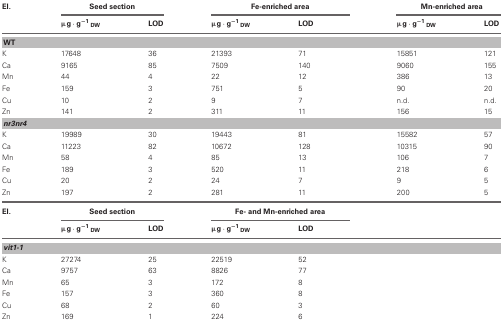
| El. | <COLSPAN=2> Seed section | <COLSPAN=2> Fe-enriched area | <COLSPAN=2> Mn-enriched area |
 |  | μg · g−1DW | LOD | μg · g−1DW | LOD | μg · g−1DW | LOD |
 | --- | --- | --- | --- | --- | --- | --- |
 | <COLSPAN=7> WT |
 | K | 17648 | 36 | 21393 | 71 | 15851 | 121 |
 | Ca | 9165 | 85 | 7509 | 140 | 9060 | 155 |
 | Mn | 44 | 4 | 22 | 12 | 386 | 13 |
 | Fe | 159 | 3 | 751 | 5 | 90 | 20 |
 | Cu | 10 | 2 | 9 | 7 | n.d. | n.d. |
 | Zn | 141 | 2 | 311 | 11 | 156 | 15 |
 | <COLSPAN=7> nr3nr4 |
 | K | 19989 | 30 | 19443 | 81 | 15582 | 57 |
 | Ca | 11223 | 82 | 10672 | 128 | 10315 | 90 |
 | Mn | 58 | 4 | 85 | 13 | 106 | 7 |
 | Fe | 189 | 3 | 520 | 11 | 218 | 6 |
 | Cu | 20 | 2 | 24 | 7 | 9 | 5 |
 | Zn | 197 | 2 | 281 | 11 | 200 | 5 |
 | El. | <COLSPAN=2> Seed section | <COLSPAN=2> Fe- and Mn-enriched area |  |  |
 |  | μg · g−1DW | LOD | μg · g−1DW | LOD |  |  |
 | <COLSPAN=7> vit1-1 |
 | K | 27274 | 25 | 22519 | 52 |  |  |
 | Ca | 9757 | 63 | 8826 | 77 |  |  |
 | Mn | 65 | 3 | 172 | 8 |  |  |
 | Fe | 157 | 3 | 360 | 8 |  |  |
 | Cu | 68 | 2 | 60 | 3 |  |  |
 | Zn | 169 | 1 | 224 | 6 |  |  |